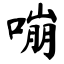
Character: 嘣